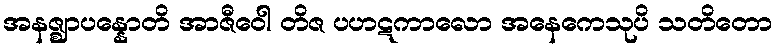
အနဇ္ဈာပန္နောတိ အာဇီဝေါ တိဇ ပဟဋကာလော အနေကေသုပိ သတိတော